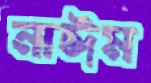
নাঈম